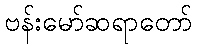
ဗန်းမော်ဆရာတော်